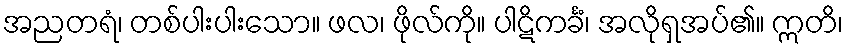
အညတရံ၊ တစ်ပါးပါးသော။ ဖလ၊ ဖိုလ်ကို။ ပါဋိကင်္ခံ၊ အလိုရှအပ်၏။ ဣတိ၊